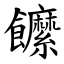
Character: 䭧